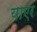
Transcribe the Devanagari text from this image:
याएर